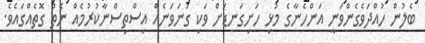
ބެލުން ހުއްދަވެގެންވަނީ އަންހެނާގެ މުޅި ހަށިގަނޑަށް ވަކި ގުނަވަނެއް އިސްތިސްނާކުރުމެއް ނެތް ގޮތެއްގައެވެ.